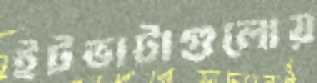
ইটভাটাগুলোয়